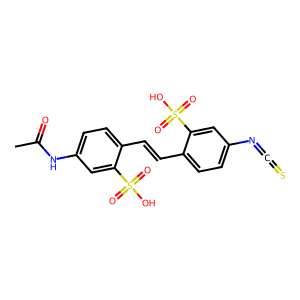
SMILES: CC(=O)Nc1ccc(C=Cc2ccc(N=C=S)cc2S(=O)(=O)O)c(S(=O)(=O)O)c1
Inhibits HIV replication: No